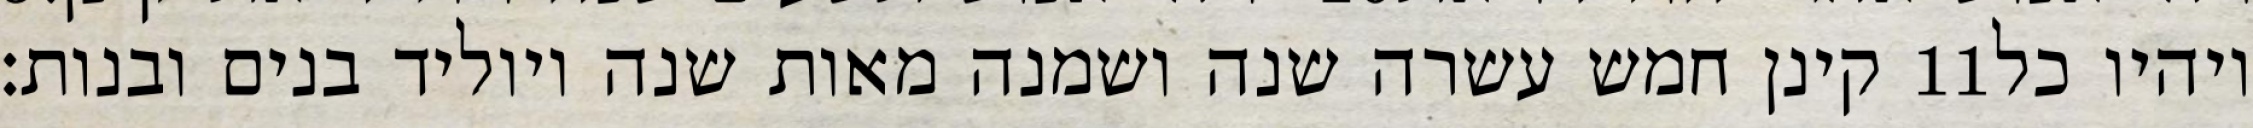
קינן חמש עשרה שנה ושמנה מאות שנה ויוליד בנים ובנות׃ ‎11‏ ויהיו כל